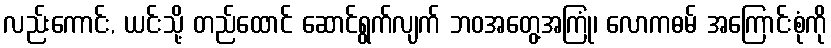
လည်းကောင်း, ယင်းသို့ တည်ထောင် ဆောင်ရွက်လျက် ဘဝအတွေ့အကြုံ၊ လောကဓမ် အကြောင်းစုံကို